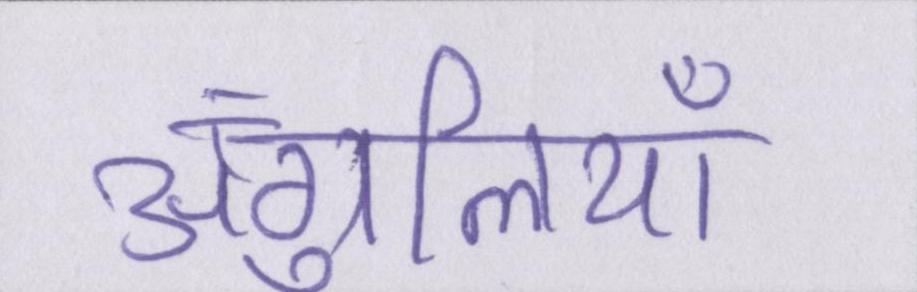
अंगुलियाँ